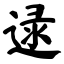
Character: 逯